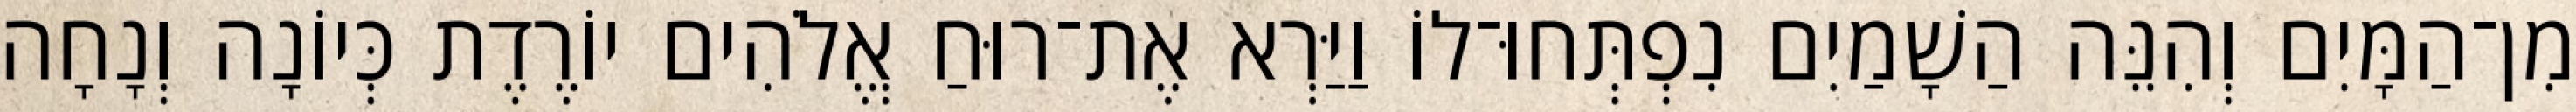
מִן־הַמָּיִם וְהִנֵּה הַשָׁמַיִם נִפְתְּחוּ־לוֹ וַיַּרְא אֶת־רוּחַ אֱלֹהִים יוֹרֶדֶת כְּיוֹנָה וְנָחָה